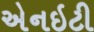
એનઇટી